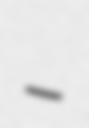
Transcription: –